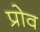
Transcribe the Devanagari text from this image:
प्रोव